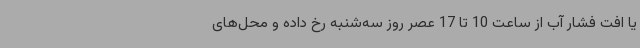
یا افت فشار آب از ساعت 10 تا 17 عصر روز سه‌شنبه رخ داده و محل‌های